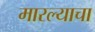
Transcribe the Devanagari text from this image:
मारल्याचा